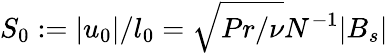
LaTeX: S_{0}:=|u_{0}|/l_{0}=\sqrt{Pr/\nu}N^{-1}|B_{s}|